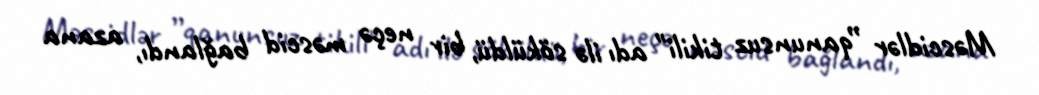
Məscidlər ”qanunsuz tikili" adı ilə söküldü, bir neçə məscid bağlandı, azana